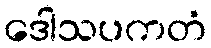
ဒေါသပကတံ